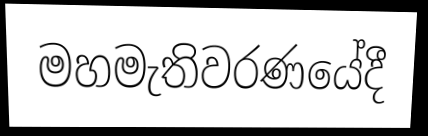
මහමැතිවරණයේදී